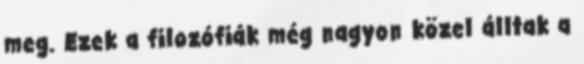
meg. Ezek a filozófiák még nagyon közel álltak a